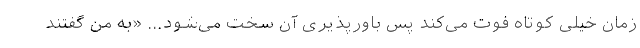
زمان خیلی کوتاه فوت می‌کند پس باورپذیری آن سخت می‌شود... «به من گفتند